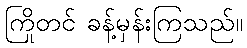
ကြိုတင် ခန့်မှန်းကြသည်။